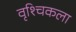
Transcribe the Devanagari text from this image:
वृश्‍चिकला